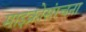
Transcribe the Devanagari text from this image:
माइक्रोसंरचना